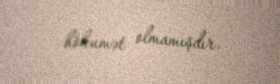
hökumət olmamışdır.